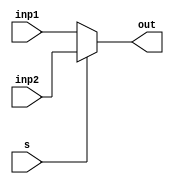
module MUX_21_32bit(inp1,inp2,s,out);
    input [31:0] inp1,inp2;
    input s; 
    output wire [31:0] out;
    assign out = s ? inp2 : inp1;
endmodule